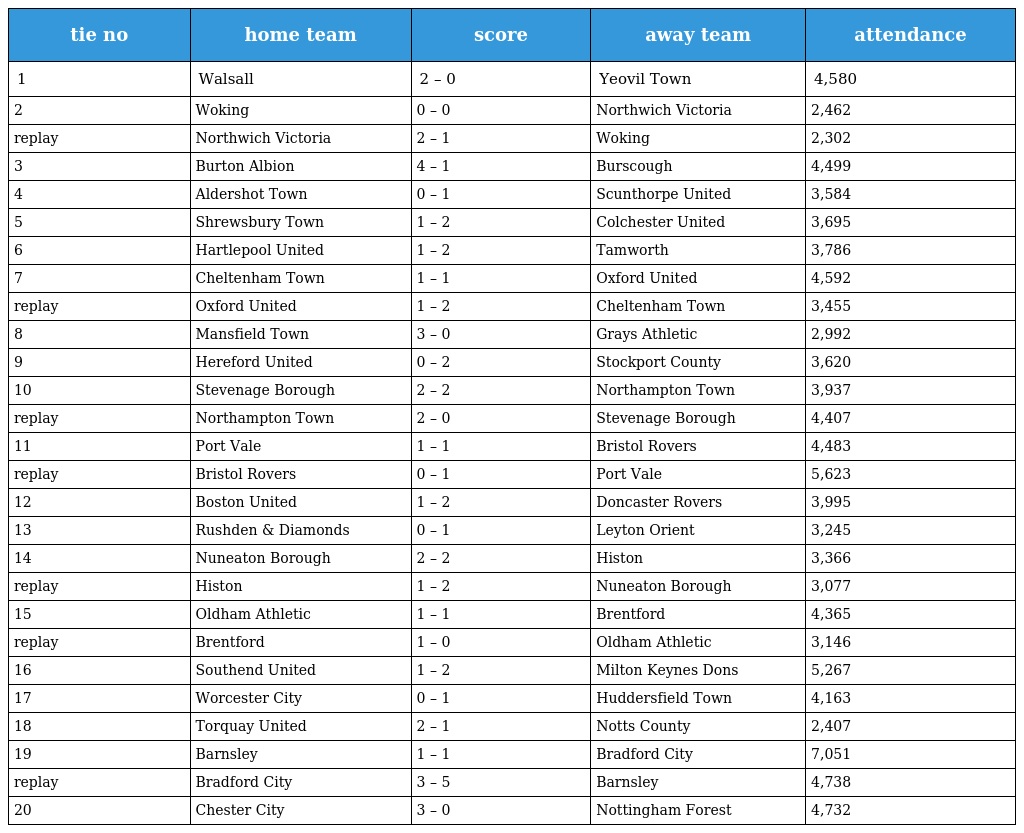
| tie no | home team | score | away team | attendance |
 | --- | --- | --- | --- | --- |
 | 1 | Walsall | 2 – 0 | Yeovil Town | 4,580 |
 | 2 | Woking | 0 – 0 | Northwich Victoria | 2,462 |
 | replay | Northwich Victoria | 2 – 1 | Woking | 2,302 |
 | 3 | Burton Albion | 4 – 1 | Burscough | 4,499 |
 | 4 | Aldershot Town | 0 – 1 | Scunthorpe United | 3,584 |
 | 5 | Shrewsbury Town | 1 – 2 | Colchester United | 3,695 |
 | 6 | Hartlepool United | 1 – 2 | Tamworth | 3,786 |
 | 7 | Cheltenham Town | 1 – 1 | Oxford United | 4,592 |
 | replay | Oxford United | 1 – 2 | Cheltenham Town | 3,455 |
 | 8 | Mansfield Town | 3 – 0 | Grays Athletic | 2,992 |
 | 9 | Hereford United | 0 – 2 | Stockport County | 3,620 |
 | 10 | Stevenage Borough | 2 – 2 | Northampton Town | 3,937 |
 | replay | Northampton Town | 2 – 0 | Stevenage Borough | 4,407 |
 | 11 | Port Vale | 1 – 1 | Bristol Rovers | 4,483 |
 | replay | Bristol Rovers | 0 – 1 | Port Vale | 5,623 |
 | 12 | Boston United | 1 – 2 | Doncaster Rovers | 3,995 |
 | 13 | Rushden & Diamonds | 0 – 1 | Leyton Orient | 3,245 |
 | 14 | Nuneaton Borough | 2 – 2 | Histon | 3,366 |
 | replay | Histon | 1 – 2 | Nuneaton Borough | 3,077 |
 | 15 | Oldham Athletic | 1 – 1 | Brentford | 4,365 |
 | replay | Brentford | 1 – 0 | Oldham Athletic | 3,146 |
 | 16 | Southend United | 1 – 2 | Milton Keynes Dons | 5,267 |
 | 17 | Worcester City | 0 – 1 | Huddersfield Town | 4,163 |
 | 18 | Torquay United | 2 – 1 | Notts County | 2,407 |
 | 19 | Barnsley | 1 – 1 | Bradford City | 7,051 |
 | replay | Bradford City | 3 – 5 | Barnsley | 4,738 |
 | 20 | Chester City | 3 – 0 | Nottingham Forest | 4,732 |